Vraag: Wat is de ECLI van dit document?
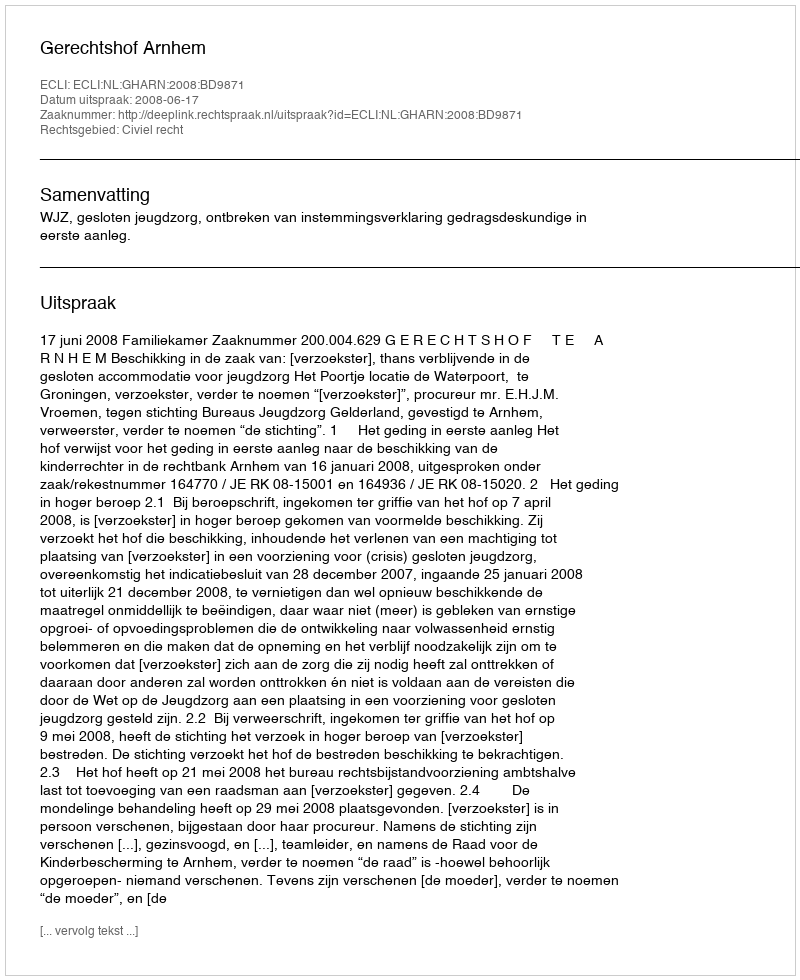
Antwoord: ECLI:NL:GHARN:2008:BD9871